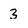
Character: 3